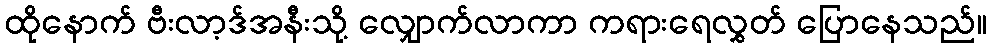
ထိုနောက် ဗီးလာ့ဒ်အနီးသို့ လျှောက်လာကာ ကရားရေလွှတ် ပြောနေသည်။